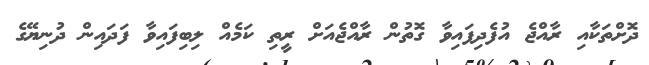
ދޮށްތަކާއި ރާއްޖެ އުފެދިފައިވާ ގޮތުން ރާއްޖެއަށް ރީތި ކަމެއް ލިބިފައިވާ ފަދައިން ދުނިޔޭގެ